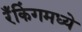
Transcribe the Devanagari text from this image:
रँकिंगमध्ये